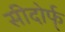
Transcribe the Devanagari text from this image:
सीदोर्फ्